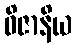
ဝိဇာနိယ